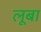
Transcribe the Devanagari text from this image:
लूबा